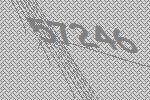
57246